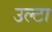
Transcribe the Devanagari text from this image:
उल्‍टा